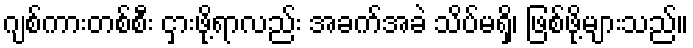
ဂျစ်ကားတစ်စီး ငှားဖို့ရာလည်း အခက်အခဲ သိပ်မရှိ၊ ဖြစ်ဖို့များသည်။